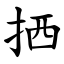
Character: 拪